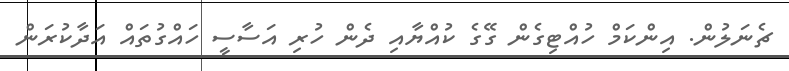
ޗެނަލުން. އިންކަމް ހުއްޓިގެން ގޭގެ ކުއްޔާއި ދެން ހުރި އަސާސީ ހައްގުތައް އަދާކުރަން